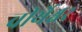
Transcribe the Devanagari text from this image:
वीर्येश्वर